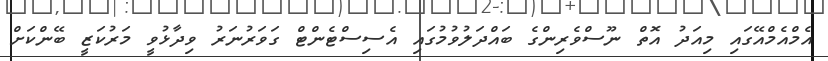
އެމްއެމްއޭގައި މިއަދު އޮތް ނޫސްވެރިންގެ ބައްދަލުވުމުގައި އެސިސްޓެންޓް ގަވަރުނަރު ވިދާޅުވީ މަރުކަޒީ ބޭންކަށް